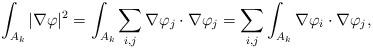
LaTeX: \begin{align*} \int_{A_k}|\nabla \varphi|^2&=\int_{A_k}\sum_{i,j}\nabla\varphi_j\cdot\nabla \varphi_j=\sum_{i,j}\int_{A_k}\nabla\varphi_i\cdot\nabla\varphi_j,\end{align*}